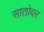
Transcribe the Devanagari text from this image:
सातोवर